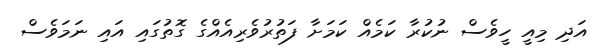
އަދި މިއީ ހީވެސް ނުކުރާ ކަމެއް ކަމަށާ ފަތުރުވެރިއެއްގެ ގޮތުގައި އައި ނަމަވެސް